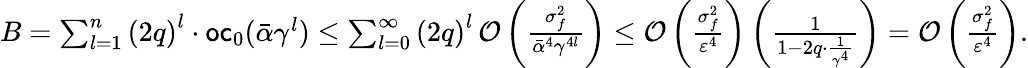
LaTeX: \begin{array}{r}{B=\sum_{l=1}^{n}\left(2q\right)^{l}\cdot\mathsf{oc}_{0}(\bar{\alpha}\gamma^{l})\leq\sum_{l=0}^{\infty}\left(2q\right)^{l}\, {\cal O}\left(\frac{\sigma_{f}^{2}}{\bar{\alpha}^{4}\gamma^{4l}}\right)\leq{\cal O}\left(\frac{\sigma_{f}^{2}}{\varepsilon^{4}}\right)\left(\frac{1}{1-2q\cdot\frac{1}{\gamma^{4}}}\right)={\cal O}\left(\frac{\sigma_{f}^{2}}{\varepsilon^{4}}\right).}\end{array}